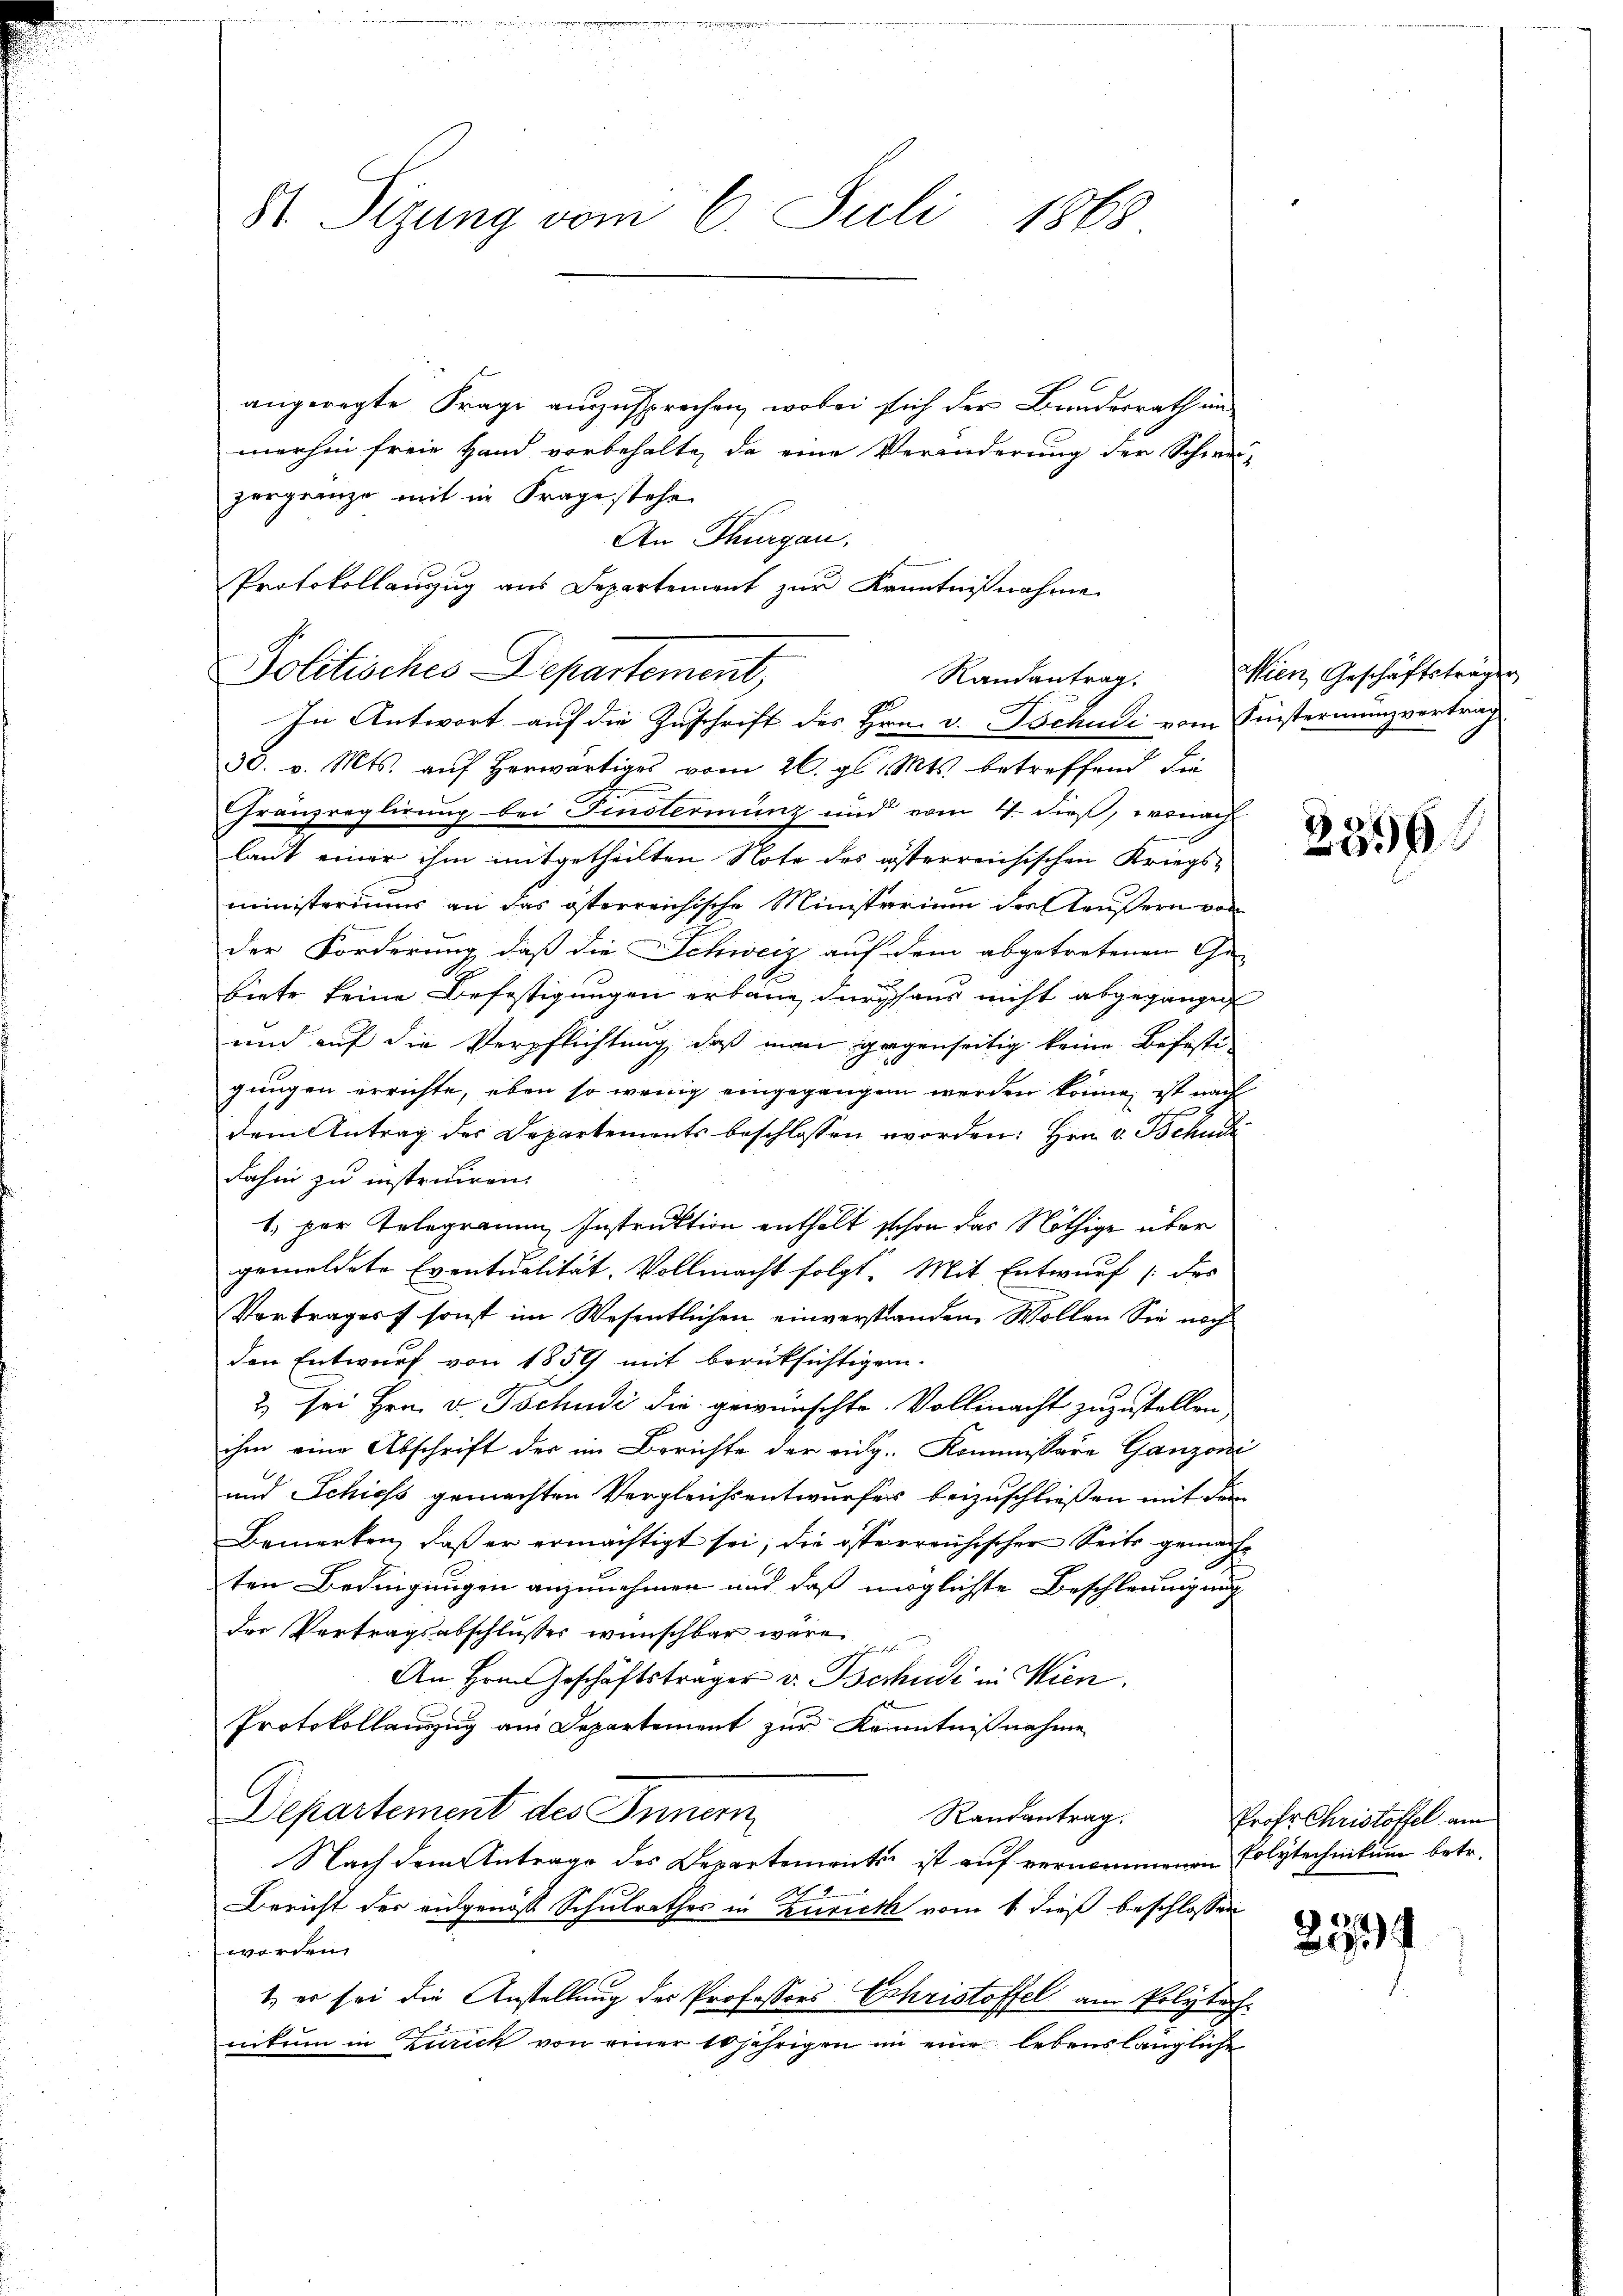
St. Sitzung vom 6. Juli 1868

angeregte Frage auszusprechen, wobei sich der Bundesrath in
merhin freie Hand vorbehalte, da eine Veränderung der Schwei-
zergrenze mit in Frage stehe
An Thurgau,
Protokollanzug aus Departement zur Kenntnißnahme
Politisches Departement,
ge
In Antwort auf die Zuschrift des Hrn. v. Tschudi vom Finstermanzvertrag
38. v. Mts. auf herwärtiges vom 26. gl. Mts. betreffend. Die
Gränzreglirung bei Fensteriung und vom 4. dieß, wonach
laut einer ihm mitgetheilten Note des österreichischen Kriegsministeriums an das österreichische Ministerium der Aeußern von
der Forderung, daß die Schweiz auf dem abgetretenen Ge-
biete keine Befestigungen erbaue durchaus nicht abgegangen
und auf die Verpflichtung, daß man gegenseitig keine Befesti-
gungen errichte, eben so wenig eingegangen werden könne, ist nach
dem Antrag des Departements beschlossen worden. Hrn. v. Tschu
Rahn zu instruiren.
1. per Telegramm Instruktion enthält schon das Nöthige über
gemeldete Eventualität. Vollmacht folgt. Mit Entwŭrf /: des
Vortrages sonst im Wesentlichen einverstanden Wollen Sie noch
den Entwurf von 1859 mit berücksichtigen.
2) sei Hrn. v. Tschudi die gewünschte. Vollmacht zuzustellen,
ihm eine Abschrift der im Berichte der eidg. Kommissare Ganzoni
und Schiess gemachten Vergleichsentwurfes beizuschließen mit dem
Bemerken, daß er ermächtigt sei, die österreichischer Seite gemache
ten Bedingungen anzunehmen und daß möglichte Beschleunigung
der Vertragsabschlusses wünschbar wäre
An Hrn. Geschäftsträger v. Bochudi in Wien.
Protokollanzzug am Departement zur Kenntnißnahme
Departement des Inner
Randantrag.
Nach dem Antrage des Departements ist auf vernommenen Polytechnikum betr.
Bericht der eidgenöß Schulrathes in Zürich vom 1. dieß beschlossen
werden.
t, er sei die Anstellung des Professors Christoffel am Polytechnikum in Zürich von einer 10 jährigen in eine lebenslängliche

Randantrag.

Wien Geschäftsträger

2599

Prof. Christoffel am

2534